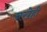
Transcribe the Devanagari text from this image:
नखेही